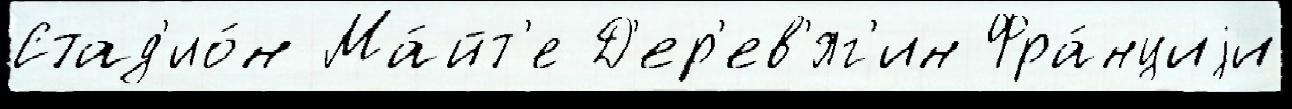
Стад'ио́н Ма́йт'е Д'ер'ев'яг'ин Фра́нциjи